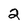
Character: 2